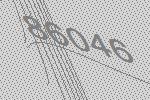
86046